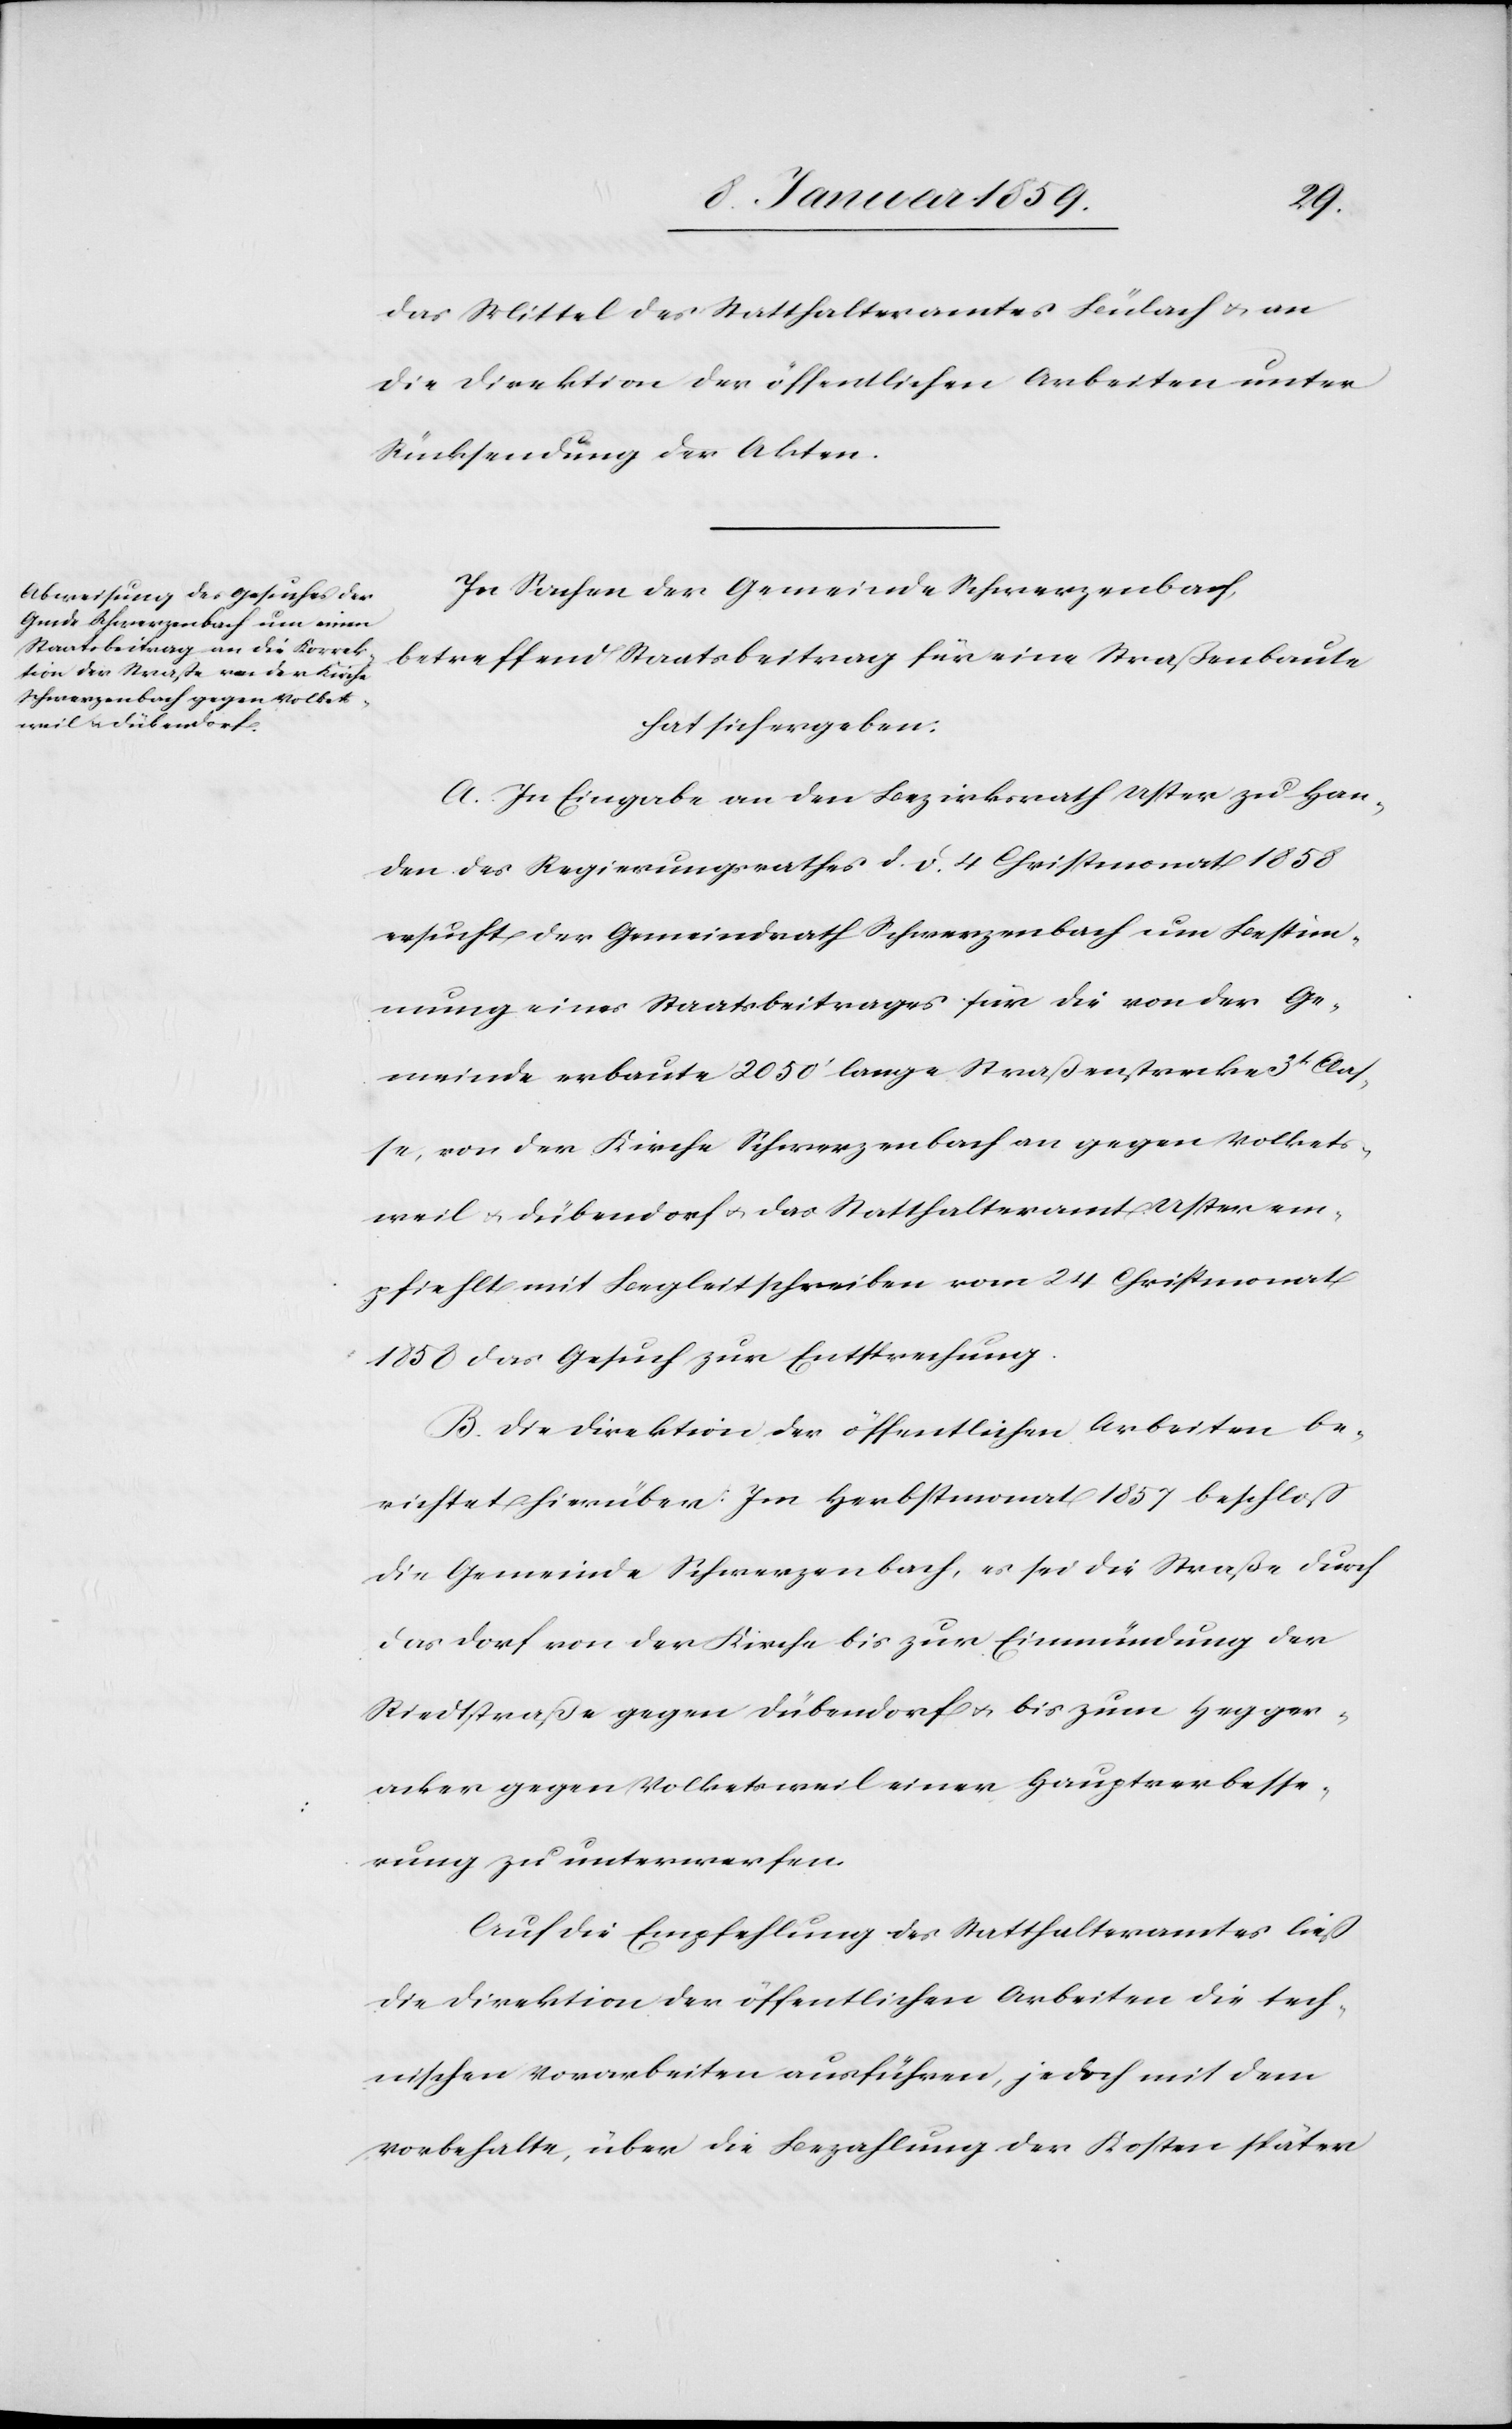
das Mittel des Statthalteramtes Bülach u. an
die Direktion der öffentlichen Arbeiten unter
Rücksendung der Akten.
In Sachen der Gemeinde Schwerzenbach,
betreffend Staatsbeitrag für eine Straßenbaute
hat sich ergeben:
A. In Eingabe an den Bezirksrath Uster zu Han¬
den des Regierungsrathes d. d. 4 Christmonat 1858
ersucht der Gemeindrath Schwerzenbach um Bestim¬
mung eines Staatsbeitrages für die von der Ge¬
meinde erbaute 2050' lange Straßenstrecke 3tr Clas¬
se, von der Kirche Schwerzenbach an gegen Volkets¬
weil u. Dübendorf u. das Statthalteramt Uster em¬
pfiehlt mit Begleitschreiben vom 24 Christmonat
1858 das Gesuch zur Entsprechung.
B. Die Direktion der öffentlichen Arbeiten be¬
richtet hierüber: Im Herbstmonat 1857 beschloß
die Gemeinde Schwerzenbach, es sei die Straße durch
das Dorf von der Kirche bis zur Einmündung der
Riedtstraße gegen Dürbendorf u. bis zum Hegger¬
acker gegen Volketsweil einer Hauptverbesse¬
rung zu unterwerfen.
Auf die Empfehlung des Statthalteramtes ließ
die Direktion der öffentlichen Arbeiten die tech¬
nischen Vorarbeiten ausführen, jedoch mit dem
Vorbehalte, über die Bezahlung der Kosten später